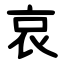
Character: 哀